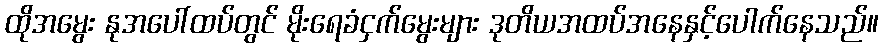
ထိုအမွေး နုအပေါ်ထပ်တွင် မိုးရေခံငှက်မွေးများ ဒုတိယအထပ်အနေနှင့်ပေါက်နေသည်။